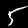
Digit: 5